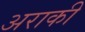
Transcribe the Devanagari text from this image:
अराकी